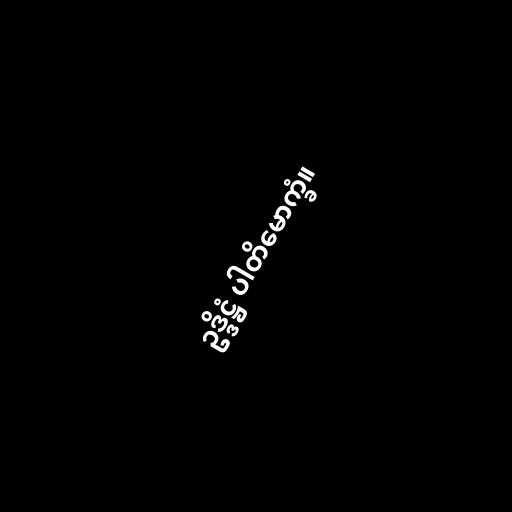
ဥဒ္ဒိဋ္ဌံ ပါတိမောက္ခံ။